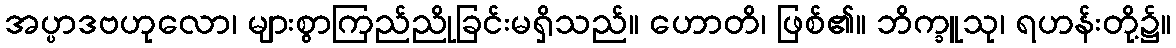
အပ္ပာဒဗဟုလော၊ များစွာကြည်ညိုခြင်းမရှိသည်။ ဟောတိ၊ ဖြစ်၏။ ဘိက္ခူသု၊ ရဟန်းတို့၌။